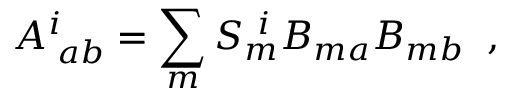
A _ { \; a b } ^ { i } = \sum _ { m } S _ { m } ^ { ~ i } B _ { m a } B _ { m b } \; \; ,